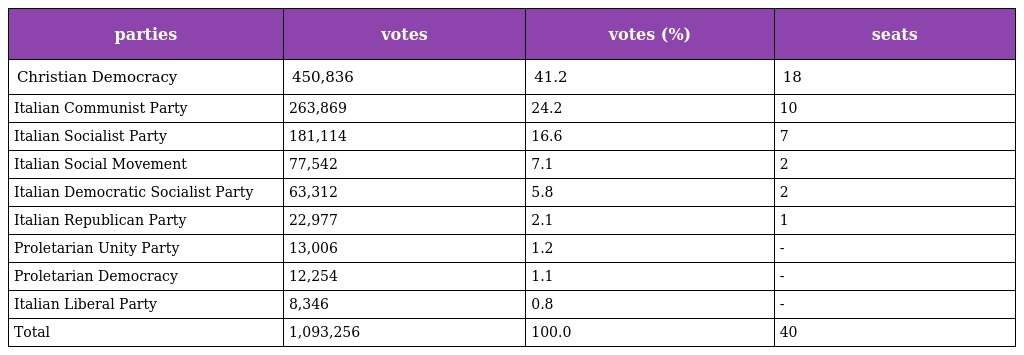
| parties | votes | votes (%) | seats |
 | --- | --- | --- | --- |
 | Christian Democracy | 450,836 | 41.2 | 18 |
 | Italian Communist Party | 263,869 | 24.2 | 10 |
 | Italian Socialist Party | 181,114 | 16.6 | 7 |
 | Italian Social Movement | 77,542 | 7.1 | 2 |
 | Italian Democratic Socialist Party | 63,312 | 5.8 | 2 |
 | Italian Republican Party | 22,977 | 2.1 | 1 |
 | Proletarian Unity Party | 13,006 | 1.2 | - |
 | Proletarian Democracy | 12,254 | 1.1 | - |
 | Italian Liberal Party | 8,346 | 0.8 | - |
 | Total | 1,093,256 | 100.0 | 40 |